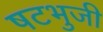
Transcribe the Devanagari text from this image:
षटभुजी